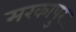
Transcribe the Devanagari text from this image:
मरकापुर